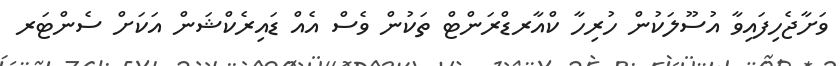
ވަށާޖެހިފައިވާ އުސޫލަކުން ހުރިހާ ކްއާރޑްރަންޓް ތަކުން ވެސް އެއް ޑައިރެކްޝަން އަކަށް ސެންޓަރ